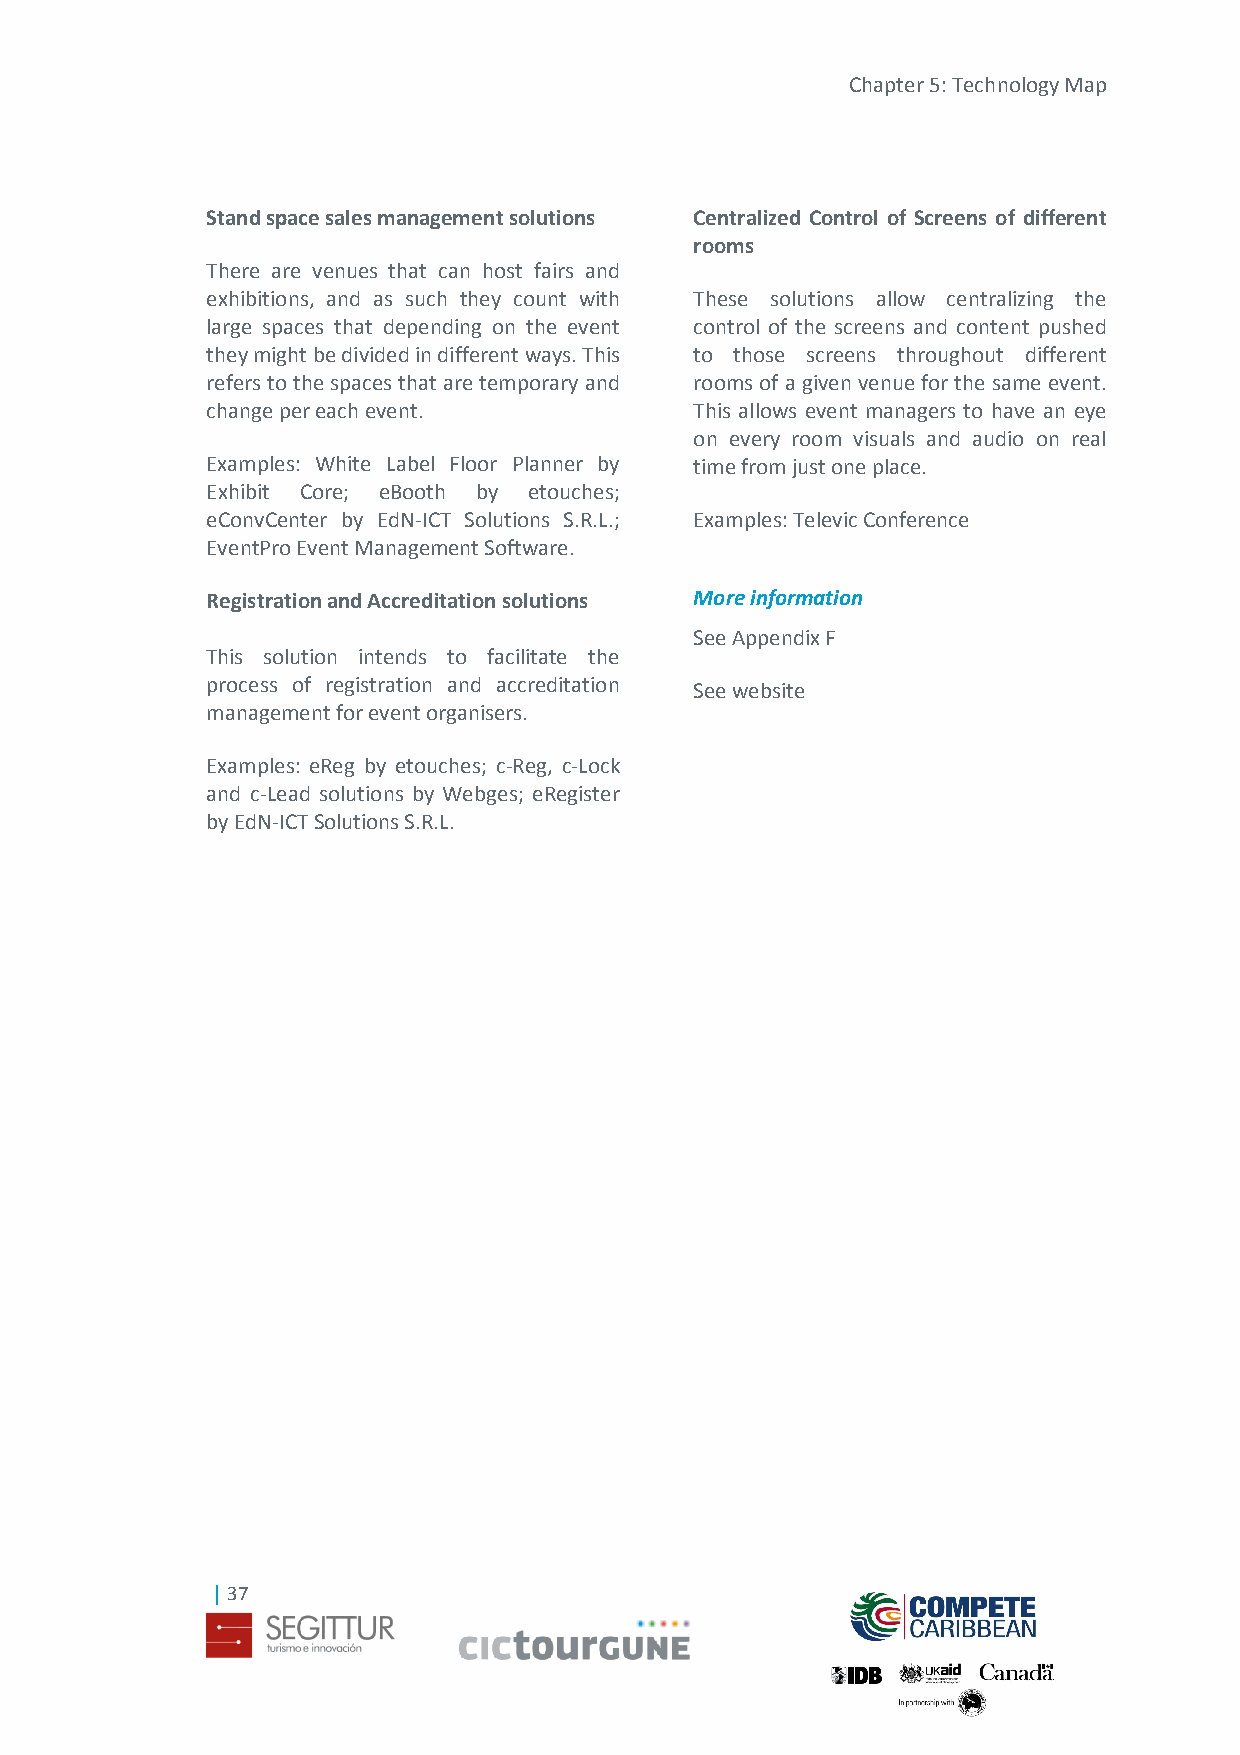
Chapter 5: Technology Map
 Stand space sales management solutions Centralized Control of Screens of different
 rooms
 There are venues that can host fairs and
 exhibitions, and as such they count with These solutions allow centralizing the
 large spaces that depending on the event control of the screens and content pushed
 they might be divided in different ways. This to those screens throughout different
 refers to the spaces that are temporary and rooms of a given venue for the same event.
 change per each event.          This allows event managers to have an eye
 on every room visuals and audio on real
 Examples: White Label Floor Planner by time from just one place.
 Exhibit Core; eBooth by etouches;
 eConvCenter by EdN-ICT Solutions S.R.L.; Examples: Televic Conference
 EventPro Event Management Software.
 Registration and Accreditation solutions More information
 See Appendix F
 This solution intends to facilitate the
 process of registration and accreditation
 See website
 management for event organisers.
 Examples: eReg by etouches; c-Reg, c-Lock
 and c-Lead solutions by Webges; eRegister
 by EdN-ICT Solutions S.R.L.
 | 37